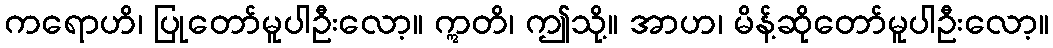
ကရောဟိ၊ ပြုတော်မူပါဦးလော့။ ဣတိ၊ ဤသို့။ အာဟ၊ မိန့်ဆိုတော်မူပါဦးလော့။